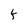
Character: t